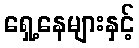
ရှေ့နေများနှင့်